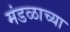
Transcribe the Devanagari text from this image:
मंडळाच्‍या